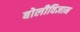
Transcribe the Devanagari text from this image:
बोलीविज्ञान